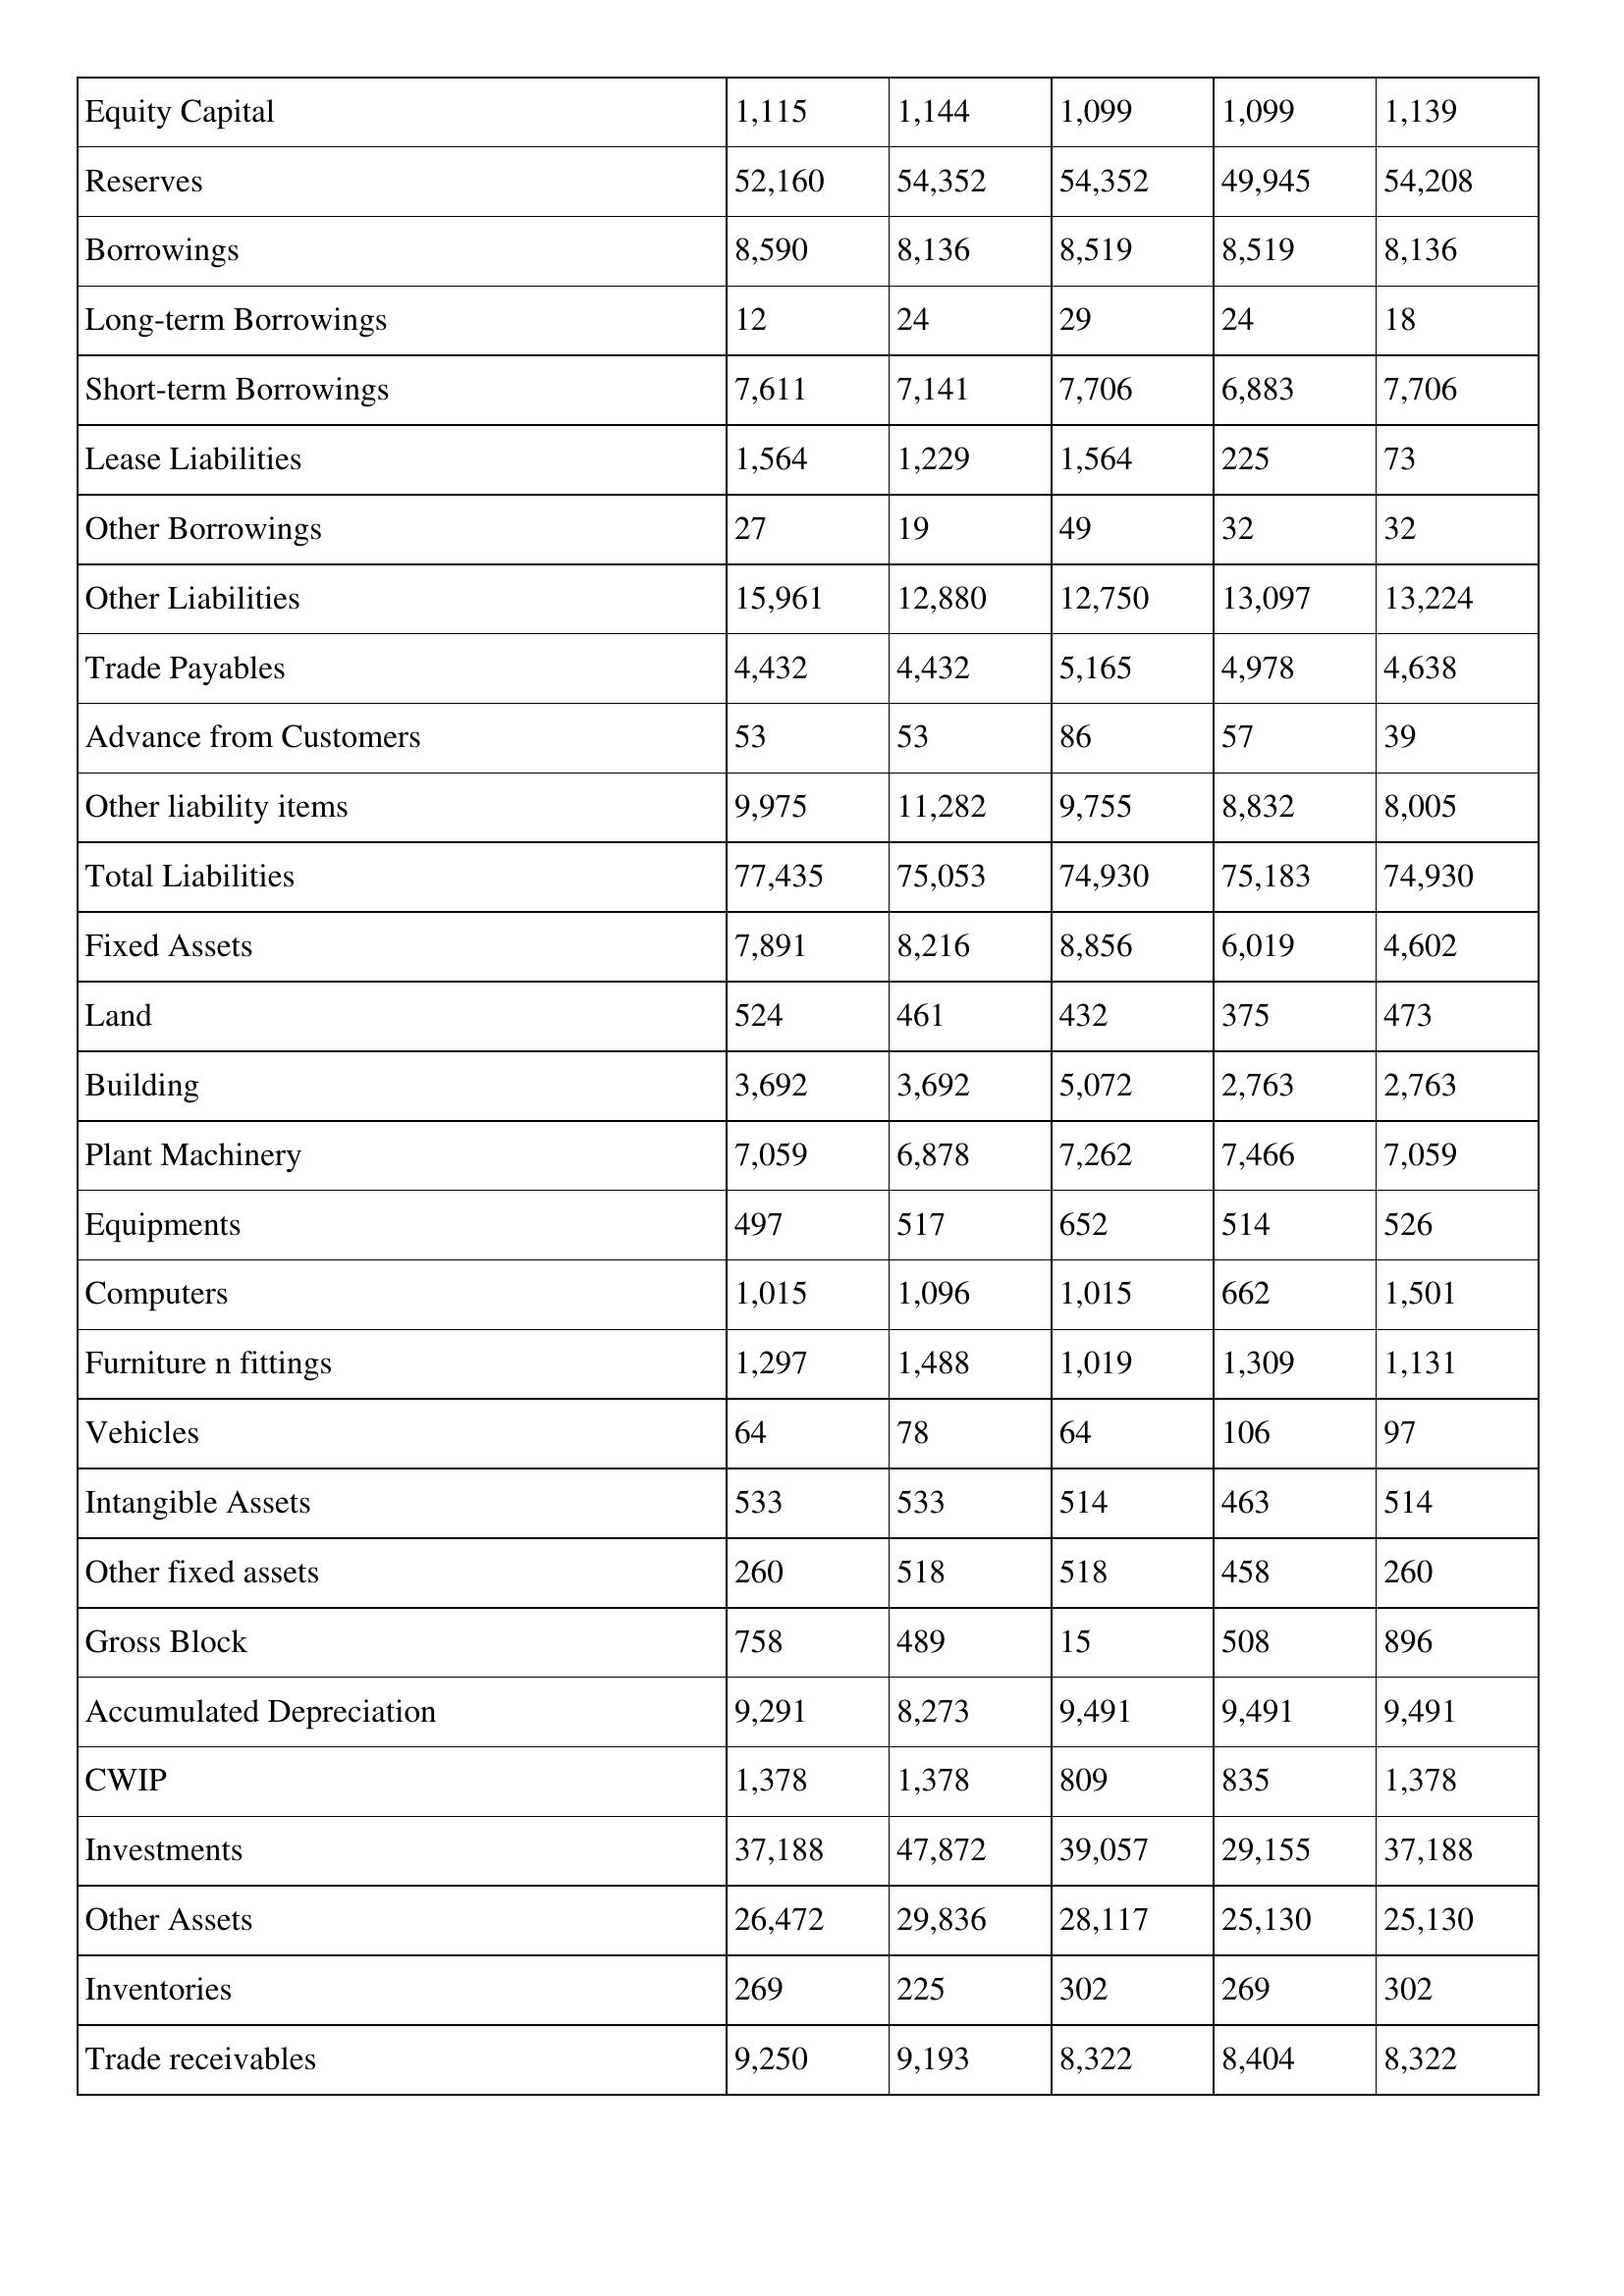
gt_parse: Apr-21: Balance Sheet: Equity Capital: 1,115
Reserves: 52,160
Borrowings: 8,590
Long-term Borrowings: 12
Short-term Borrowings: 7,611
Lease Liabilities: 1,564
Other Borrowings: 27
Other Liabilities: 15,961
Trade Payables: 4,432
Advance from Customers: 53
Other liability items: 9,975
Total Liabilities: 77,435
Fixed Assets: 7,891
Land: 524
Building: 3,692
Plant Machinery: 7,059
Equipments: 497
Computers: 1,015
Furniture n fittings: 1,297
Vehicles: 64
Intangible Assets: 533
Other fixed assets: 260
Gross Block: 758
Accumulated Depreciation: 9,291
CWIP: 1,378
Investments: 37,188
Other Assets: 26,472
Inventories: 269
Trade receivables: 9,250
Apr-20: Balance Sheet: Equity Capital: 1,144
Reserves: 54,352
Borrowings: 8,136
Long-term Borrowings: 24
Short-term Borrowings: 7,141
Lease Liabilities: 1,229
Other Borrowings: 19
Other Liabilities: 12,880
Trade Payables: 4,432
Advance from Customers: 53
Other liability items: 11,282
Total Liabilities: 75,053
Fixed Assets: 8,216
Land: 461
Building: 3,692
Plant Machinery: 6,878
Equipments: 517
Computers: 1,096
Furniture n fittings: 1,488
Vehicles: 78
Intangible Assets: 533
Other fixed assets: 518
Gross Block: 489
Accumulated Depreciation: 8,273
CWIP: 1,378
Investments: 47,872
Other Assets: 29,836
Inventories: 225
Trade receivables: 9,193
Apr-19: Balance Sheet: Equity Capital: 1,099
Reserves: 54,352
Borrowings: 8,519
Long-term Borrowings: 29
Short-term Borrowings: 7,706
Lease Liabilities: 1,564
Other Borrowings: 49
Other Liabilities: 12,750
Trade Payables: 5,165
Advance from Customers: 86
Other liability items: 9,755
Total Liabilities: 74,930
Fixed Assets: 8,856
Land: 432
Building: 5,072
Plant Machinery: 7,262
Equipments: 652
Computers: 1,015
Furniture n fittings: 1,019
Vehicles: 64
Intangible Assets: 514
Other fixed assets: 518
Gross Block: 15
Accumulated Depreciation: 9,491
CWIP: 809
Investments: 39,057
Other Assets: 28,117
Inventories: 302
Trade receivables: 8,322
Apr-18: Balance Sheet: Equity Capital: 1,099
Reserves: 49,945
Borrowings: 8,519
Long-term Borrowings: 24
Short-term Borrowings: 6,883
Lease Liabilities: 225
Other Borrowings: 32
Other Liabilities: 13,097
Trade Payables: 4,978
Advance from Customers: 57
Other liability items: 8,832
Total Liabilities: 75,183
Fixed Assets: 6,019
Land: 375
Building: 2,763
Plant Machinery: 7,466
Equipments: 514
Computers: 662
Furniture n fittings: 1,309
Vehicles: 106
Intangible Assets: 463
Other fixed assets: 458
Gross Block: 508
Accumulated Depreciation: 9,491
CWIP: 835
Investments: 29,155
Other Assets: 25,130
Inventories: 269
Trade receivables: 8,404
Apr-17: Balance Sheet: Equity Capital: 1,139
Reserves: 54,208
Borrowings: 8,136
Long-term Borrowings: 18
Short-term Borrowings: 7,706
Lease Liabilities: 73
Other Borrowings: 32
Other Liabilities: 13,224
Trade Payables: 4,638
Advance from Customers: 39
Other liability items: 8,005
Total Liabilities: 74,930
Fixed Assets: 4,602
Land: 473
Building: 2,763
Plant Machinery: 7,059
Equipments: 526
Computers: 1,501
Furniture n fittings: 1,131
Vehicles: 97
Intangible Assets: 514
Other fixed assets: 260
Gross Block: 896
Accumulated Depreciation: 9,491
CWIP: 1,378
Investments: 37,188
Other Assets: 25,130
Inventories: 302
Trade receivables: 8,322